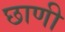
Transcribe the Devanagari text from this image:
छाणी